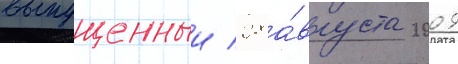
выпущенныи 28 а́вгуста 2009